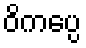
ဝိကပ္ပေ